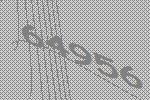
64956